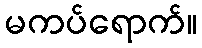
မကပ်ရောက်။